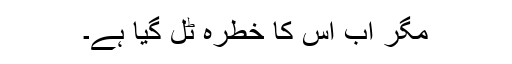
مگر اب اس کا خطرہ ٹل گیا ہے۔